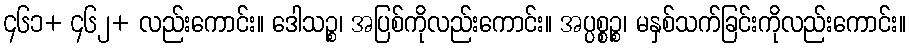
၄၆၁+ ၄၆၂+ လည်းကောင်း။ ဒေါသဉ္စ၊ အပြစ်ကိုလည်းကောင်း။ အပ္ပစ္စဉ္စ၊ မနှစ်သက်ခြင်းကိုလည်းကောင်း။